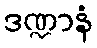
ဒဏ္ဍာနံ